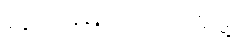
လွတ်မြောက်ရေးအဖွဲ့